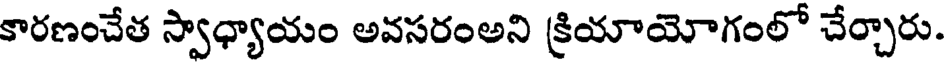
కారణంచేత స్వాధ్యాయం అవసరంఅని క్రియాయోగంలో చేర్చారు.